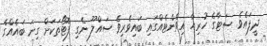
ދީފައެވެ. ސަޓާގެ ހުރިހާ އިވެންޓެއްގައި ބައިވެރިވެ ސައްލޫ ނެގި ފޮޓޯތަކަށް ގިނަ ބައެއްގެ